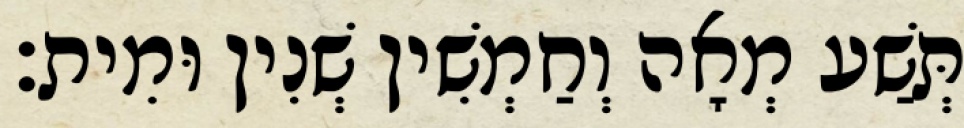
תְּשַׁע מְאָה וְחַמְשִׁין שְׁנִין וּמִית׃